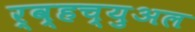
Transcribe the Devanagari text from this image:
र्व्हच्युअल